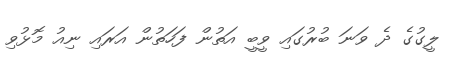
ލީގުގެ ދެ ވަނަ ބުރުގައި ވީބީ އަތުން ފަހަތުން އަރައި ނިއު މޮޅުވި